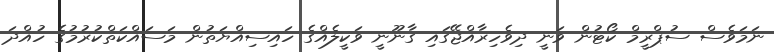
ނަމަވެސް ސުޕްރީމް ކޯޓުން ވަނީ ދިވެހިރާއްޖޭގައި ގާނޫނީ ވަކީލެއްގެ ހައިސިއްޔަތުން މަސައްކަތްކުރުމުގެ ހުއްދަ